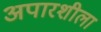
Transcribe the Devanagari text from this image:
अपारशीला